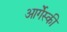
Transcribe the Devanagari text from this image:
आर्गेंस्की